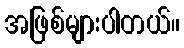
အဖြစ်များပါတယ်။